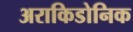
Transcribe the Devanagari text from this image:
अराकिडोनिक